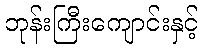
ဘုန်းကြီးကျောင်းနှင့်